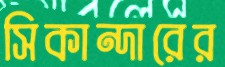
সিকান্দারের